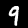
Digit: 9